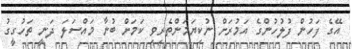
އޭގެ ފަހުން ފުލުހުންގެ އަމުރަށް ނުކިޔަމަންތެރިވި ކަމަށް ބުނާ މައްސަލަ ދަނީ ތަހުގީގު